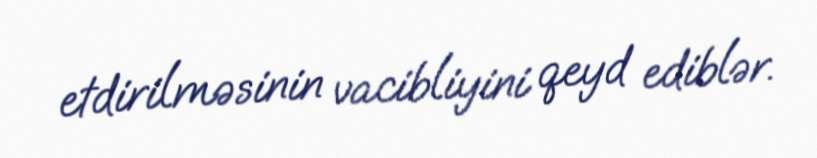
etdirilməsinin vacibliyini qeyd ediblər.